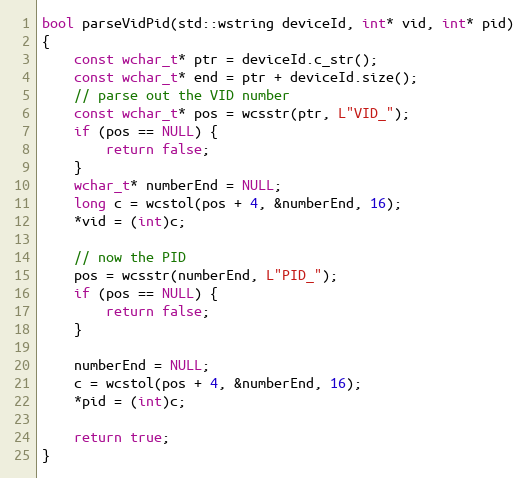
Language: C++
bool parseVidPid(std::wstring deviceId, int* vid, int* pid)
{
    const wchar_t* ptr = deviceId.c_str();
    const wchar_t* end = ptr + deviceId.size();
    // parse out the VID number
    const wchar_t* pos = wcsstr(ptr, L"VID_");
    if (pos == NULL) {
        return false;
    }
    wchar_t* numberEnd = NULL;
    long c = wcstol(pos + 4, &numberEnd, 16);
    *vid = (int)c;

    // now the PID
    pos = wcsstr(numberEnd, L"PID_");
    if (pos == NULL) {
        return false;
    }

    numberEnd = NULL;
    c = wcstol(pos + 4, &numberEnd, 16);
    *pid = (int)c;

    return true;
}